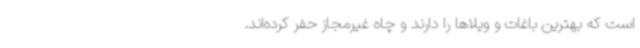
است که بهترین باغات و ویلاها را دارند و چاه غیرمجاز حفر کرده‌اند.